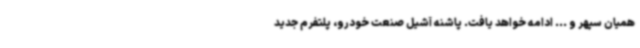
همیان سپهر و ... ادامه خواهد یافت. پاشنه آشیل صنعت خودرو، پلتفرم جدید